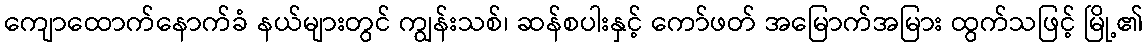
ကျောထောက်နောက်ခံ နယ်များတွင် ကျွန်းသစ်၊ ဆန်စပါးနှင့် ကော်ဖတ် အမြောက်အမြား ထွက်သဖြင့် မြို့၏